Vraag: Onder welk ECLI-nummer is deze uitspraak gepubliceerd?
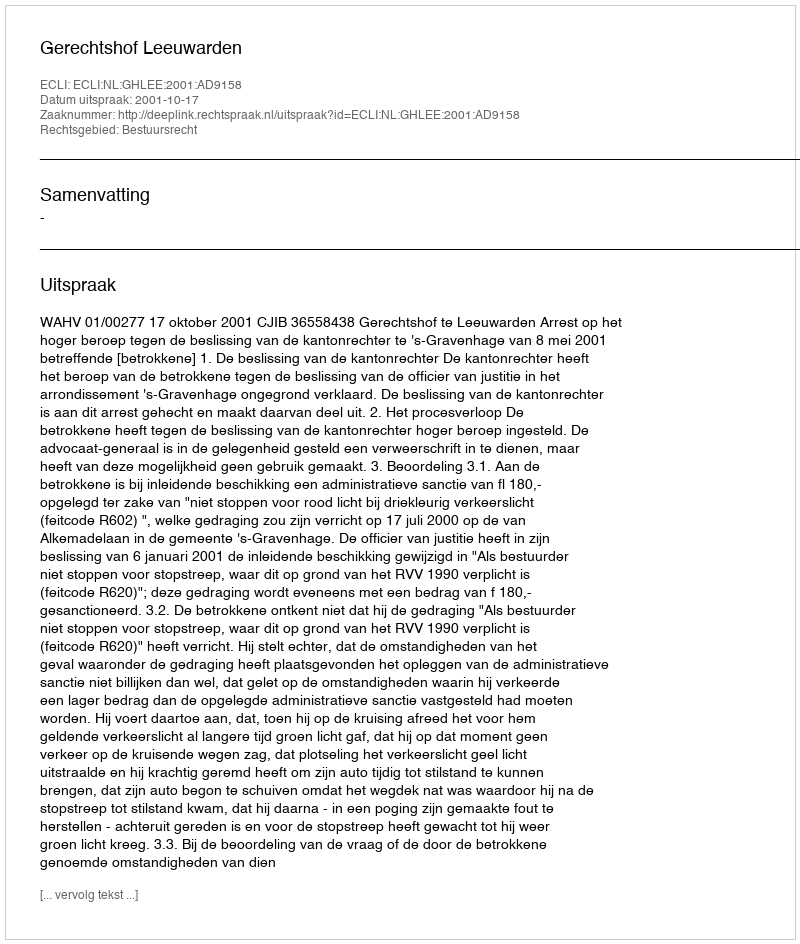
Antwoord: ECLI:NL:GHLEE:2001:AD9158